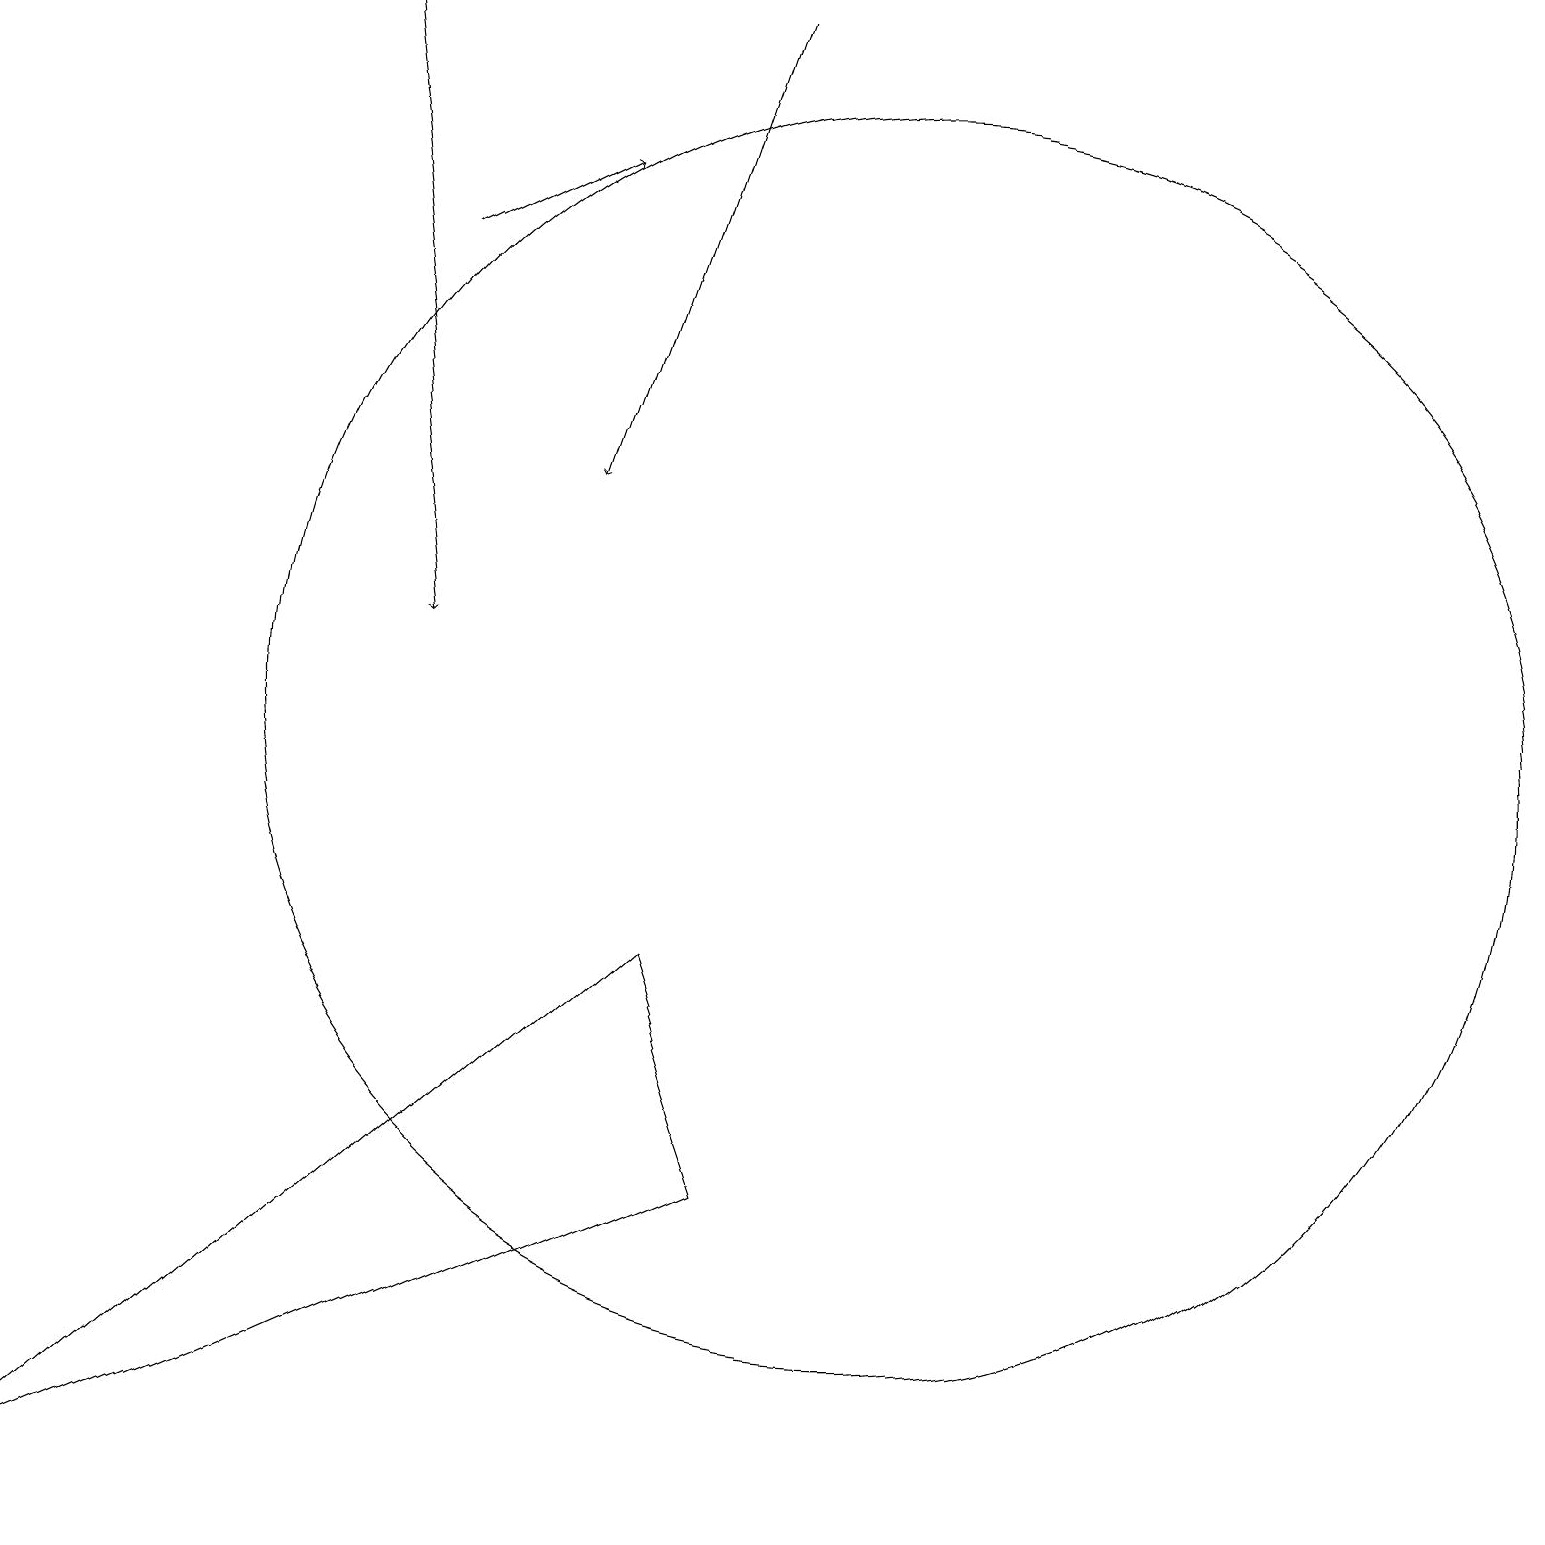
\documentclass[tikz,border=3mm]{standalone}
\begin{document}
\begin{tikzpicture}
\draw[->] (5,16) -- (7,17);
\draw (8,7) -- (0,0) -- (9,4) -- cycle;
\draw[->] (9,19) -- (7,13);
\draw[->] (4,19) -- (5,11);
\draw (11,10) circle (8);
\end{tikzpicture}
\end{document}